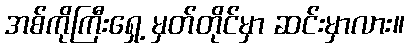
အစ်ကိုကြီးရှေ့ မှတ်တိုင်မှာ ဆင်းမှာလား။